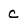
Character: c